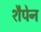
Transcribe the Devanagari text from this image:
शैपेन